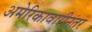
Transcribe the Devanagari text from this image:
अमेरिकावारीनंतर